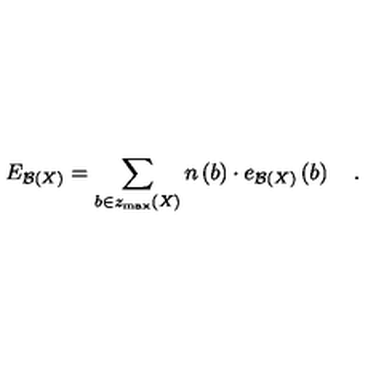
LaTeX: E _ { { \cal B } \left( X \right) } = \sum _ { b \in z _ { \max } \left( X \right) } n \left( b \right) \cdot e _ { { \cal B } \left( X \right) } \left( b \right) \quad .